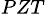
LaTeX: _{PZT}